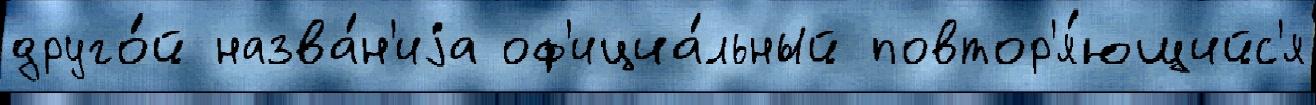
друго́й назва́н'иjа оф'ициа́льный повтор'я́ющийс'я